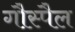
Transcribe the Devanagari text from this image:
गौस्पैल